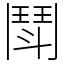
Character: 鬦